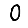
Digit: 0